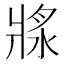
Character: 𤖅